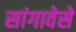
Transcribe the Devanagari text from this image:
सांगावेसे